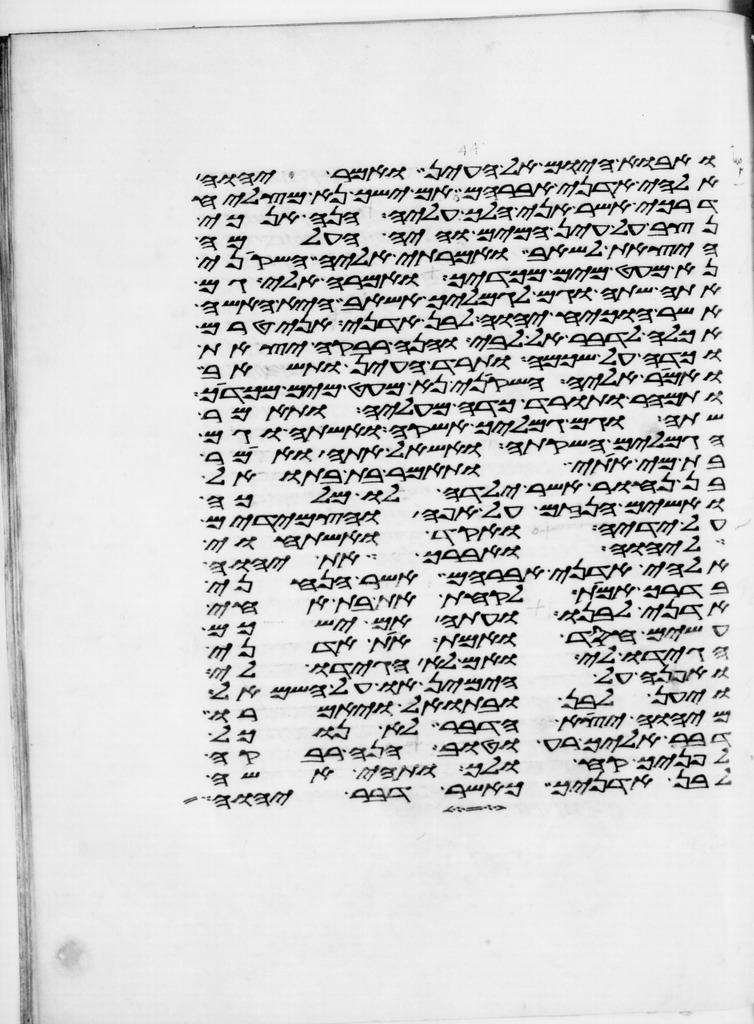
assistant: ואבוא היום אל העין ואמר יהוה
אלהי אדני אברהם אם ישך נא מצליח
דרכי אשר אני הלך עליה הנה אנכי
נצב על עין המים והיה העלמה
היצאת לשאב ואמרתי אליה השקיני
נא מעט מים מכדך ואמרה אלי גם
אתה שתה וגם לגמליך אשאב היא האשה
אשר הוכיח יהוה לבן אדני אני טרם
אכלה לדבר אל לבי והנה רבקה יצאת
וכדה על שכמה ותרד העין ותשאב
ואמר אליה השקיני נא מעט מים מכדך
ותמהר ותורד כדה מעליה ותאמר
שתה וגם גמליך אשקה ואשתה וגם
הגמלים השקתה ואשאל אתה ואמר
בת מי אתי ותאמר בת בתואל
בן נחור אשר ילדה לו מלכה
ואשים הנזם על אפה והצמידים
על ידיה ואקד ואשתחוי
ליהוה ואברך את יהוה
אלהי אדני אברהם אשר הנחני
בדרך אמת לקחת את בת אחי
אדני לבנו ועתה אם ישכם
עשים חסד ואמת את אדני
הגידו לי ואם לא הגידו לי
ואפנה על הימין או על השמאל
ויען לבן ובתואל ויאמרו
מיהוה יצא הדבר לא נוכל
דבר אליך רע וטוב הנה רבקה
לפניך קח ולך ותהי אשה
לבן אדניך כאשר דבר יהוה